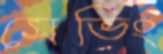
সেভিং